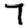
Digit: 7